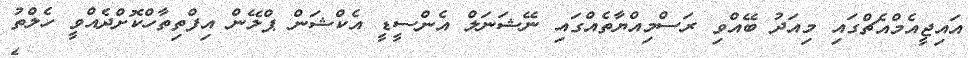
އައިޖީއެމްއެޗްގައި މިއަދު ބޭއްވި ރަސްމިއްޔާތެއްގައި ނޭޝަނަލް އެންސީޑީ އެކްޝަން ޕްލޭން އިފްތިތާހްކޮށްދެއްވީ ހެލްތު